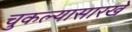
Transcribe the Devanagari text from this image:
चुकल्यासारखे